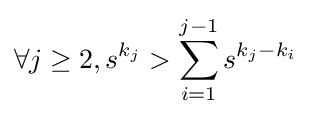
\forall j\geq 2,s^{k_{j}}>\sum _{i=1}^{j-1}s^{k_{j}-k_{i}}